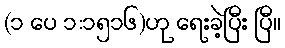
(၁ ပေ ၁:၁၅၁၆)ဟု ရေးခဲ့ပြီး ပြီ။